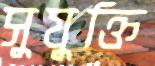
সুযুক্তি